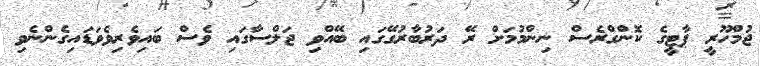
ޖުމްހޫރީ ޕާޓީގެ ކޮންގްރެސް ނިންމުމަށް ރޭ ދަރުބާރުގޭގައި ބޭއްވި ޖަލްސާގައި ވެސް ބައިވެރިވެވަޑައިގެންނެވި